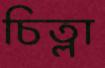
চিত্লা